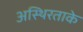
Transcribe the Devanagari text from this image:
अस्थिरताके